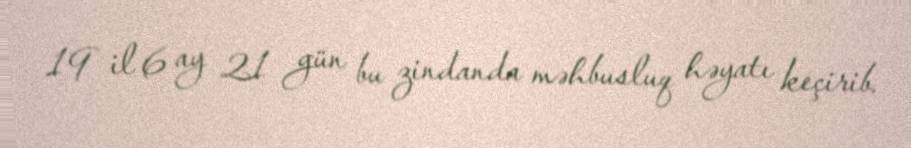
19 il 6 ay 21 gün bu zindanda məhbusluq həyatı keçirib.